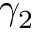
\gamma _ { 2 }